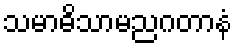
သမာဓိသာမညဂတာနံ